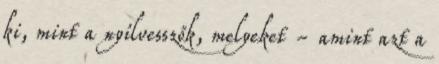
ki, mint a nyílvesszők, melyeket - amint azt a